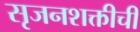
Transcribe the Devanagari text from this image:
सृजनशक्तीची